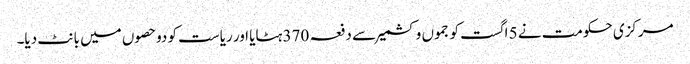
مرکزی حکومت نے 5 اگست کو جموں وکشمیر سے دفعہ 370 ہٹایا اور ریاست کو دوحصوں میں بانٹ دیا۔